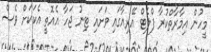
މީހުން އިމާރާތްކުރާ ފްލެޓް އޭރިއާގައި ވަށައި ޓިނު ޖަހާ އެއޮތީ އެކަކަށް ވެސް